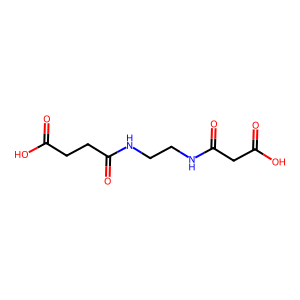
SMILES: O=C(O)CCC(=O)NCCNC(=O)CC(=O)O
Inhibits HIV replication: No